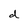
Character: d